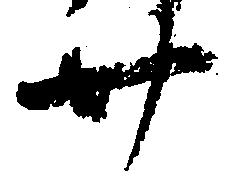
廿